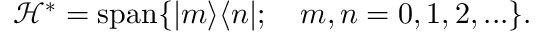
\mathcal { H } ^ { * } = \mathrm { s p a n } \{ | m \rangle \langle n | ; \quad m , n = 0 , 1 , 2 , . . . \} .